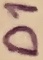
Text: D1